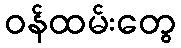
ဝန်ထမ်းတွေ